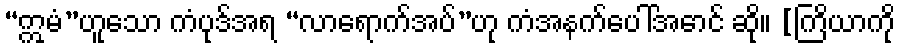
“ဣမံ”ဟူသော ကံပုဒ်အရ “လာရောက်အပ်”ဟု ကံအနက်ပေါ်အောင် ဆို။ [ကြိယာကို